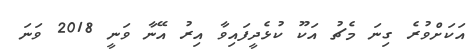
އަކަށްވުރެ ގިނަ މެޗު އަކޫ ކުޅެދީފައިވާ އިރު އޭނާ ވަނީ 2018 ވަނަ